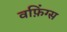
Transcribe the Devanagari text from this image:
वफ़िंग्स